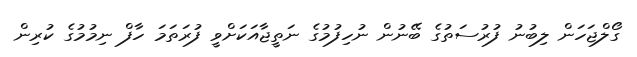
ގޯލްޖަހަން ލިބުނު ފުރުސަތުގެ ބޭނުން ނުހިފުމުގެ ނަތީޖާއަކަށްވީ ފުރަތަމަ ހާފް ނިމުމުގެ ކުރިން